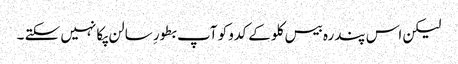
لیکن اس پندرہ بیس کلو کے کدو کو آپ بطورِ سالن پکا نہیں سکتے ۔